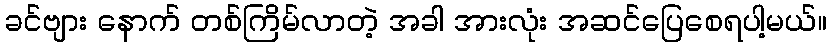
ခင်ဗျား နောက် တစ်ကြိမ်လာတဲ့ အခါ အားလုံး အဆင်ပြေစေရပါ့မယ်။